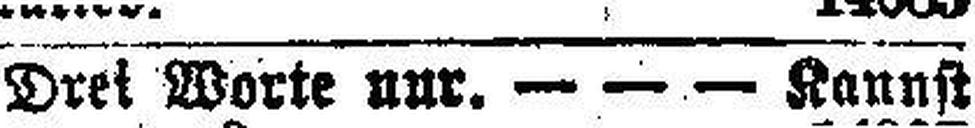
Drei Worte nur.— — — Kannft